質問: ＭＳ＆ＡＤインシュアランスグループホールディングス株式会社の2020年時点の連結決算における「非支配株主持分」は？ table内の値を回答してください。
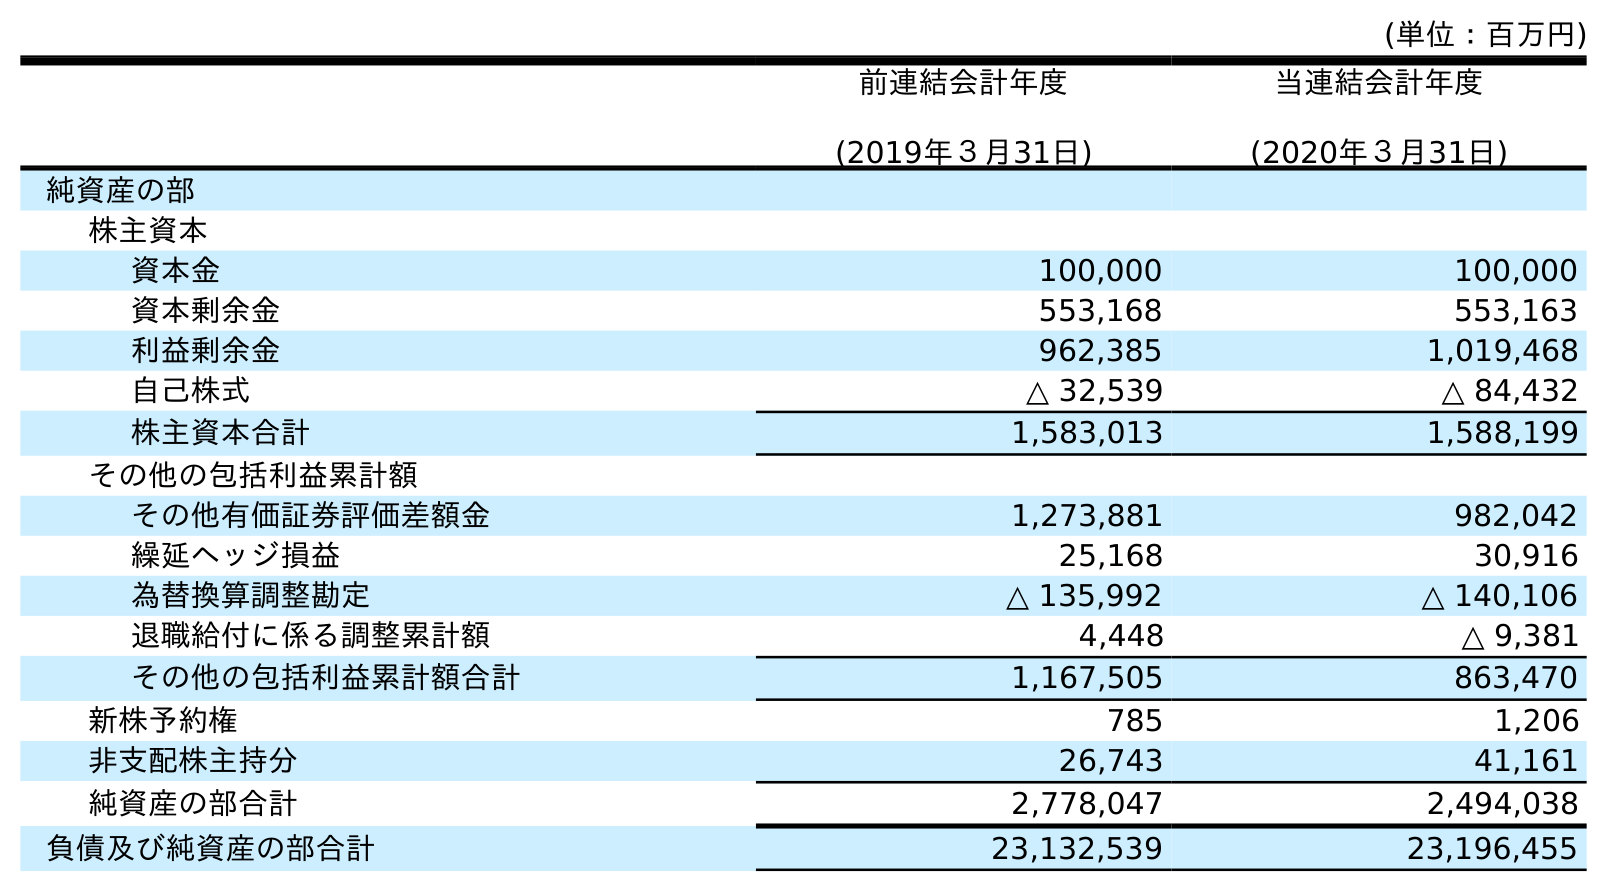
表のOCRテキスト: (単位：百万円) 前連結会計年度 (2019年３月31日) 当連結会計年度 (2020年３月31日) 純資産の部 株主資本 資本金 100,000 100,000 資本剰余金 553,168 553,163 利益剰余金 962,385 1,019,468 自己株式 △ 32,539 △ 84,432 株主資本合計 1,583,013 1,588,199 その他の包括利益累計額 その他有価証券評価差額金 1,273,881 982,042 繰延ヘッジ損益 25,168 30,916 為替換算調整勘定 △ 135,992 △ 140,106 退職給付に係る調整累計額 4,448 △ 9,381 その他の包括利益累計額合計 1,167,505 863,470 新株予約権 785 1,206 非支配株主持分 26,743 41,161 純資産の部合計 2,778,047 2,494,038 負債及び純資産の部合計 23,132,539 23,196,455
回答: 41,161